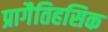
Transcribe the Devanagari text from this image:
प्रागैतिहसिक